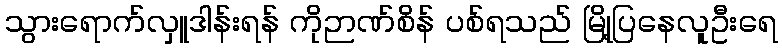
သွားရောက်လှူဒါန်းရန် ကိုဉာဏ်စိန် ပစ်ရသည် မြို့ပြနေလူဦးရေ